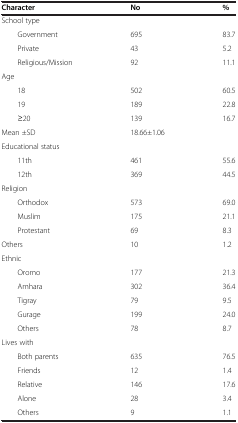
| Character | No | % |
 | --- | --- | --- |
 | School type |  |  |
 | Government | 695 | 83.7 |
 | Private | 43 | 5.2 |
 | Religious/Mission | 92 | 11.1 |
 | Age |  |  |
 | 18 | 502 | 60.5 |
 | 19 | 189 | 22.8 |
 | ≥20 | 139 | 16.7 |
 | Mean ±SD | 18.66±1.06 |  |
 | Educational status |  |  |
 | 11th | 461 | 55.6 |
 | 12th | 369 | 44.5 |
 | Religion |  |  |
 | Orthodox | 573 | 69.0 |
 | Muslim | 175 | 21.1 |
 | Protestant | 69 | 8.3 |
 | Others | 10 | 1.2 |
 | Ethnic |  |  |
 | Oromo | 177 | 21.3 |
 | Amhara | 302 | 36.4 |
 | Tigray | 79 | 9.5 |
 | Gurage | 199 | 24.0 |
 | Others | 78 | 8.7 |
 | Lives with |  |  |
 | Both parents | 635 | 76.5 |
 | Friends | 12 | 1.4 |
 | Relative | 146 | 17.6 |
 | Alone | 28 | 3.4 |
 | Others | 9 | 1.1 |